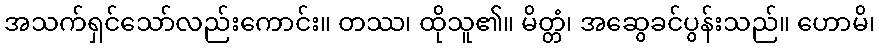
အသက်ရှင်သော်လည်းကောင်း။ တဿ၊ ထိုသူ၏။ မိတ္တံ၊ အဆွေခင်ပွန်းသည်။ ဟောမိ၊